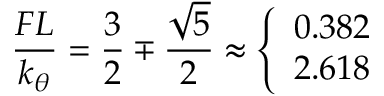
{ \frac { F L } { k _ { \theta } } } = { \frac { 3 } { 2 } } \mp { \frac { \sqrt { 5 } } { 2 } } \approx \left\{ { \begin{array} { l } { 0 . 3 8 2 } \\ { 2 . 6 1 8 } \end{array} } \right.